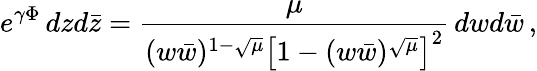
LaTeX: e^{\gamma\Phi}\, dzd\bar{z}=\frac{\mu}{(w\bar{w})^{1-\sqrt{\mu}}\left[1-(w\bar{w})^{\sqrt{\mu}}\right]^{2}}\, dwd\bar{w}\, ,